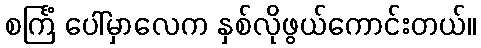
စင်္ကြံ ပေါ်မှာလေက နှစ်လိုဖွယ်ကောင်းတယ်။